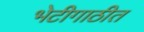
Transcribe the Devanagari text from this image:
भेटीगाठीत